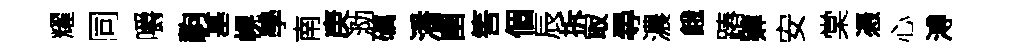
耀同嚼駒基幌學南庚泐礪潘圉筈個辰拆冣尋濃餓蹖肄安棠憑心溥